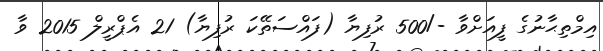
އިމްތިޙާނުގެ ފީއަށްވާ -/500 ރުފިޔާ (ފައްސަތޭކަ ރުފިޔާ) 21 އެޕްރީލް 2015 ވާ